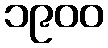
၁၉၀၀